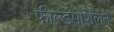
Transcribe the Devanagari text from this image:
फील्डमार्शलने